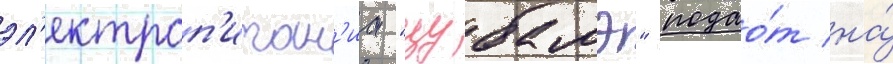
эл'ектроп'итан'иа "цубамэ" подао́т на́